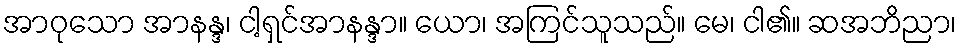
အာဝုသော အာနန္ဒ၊ ငါ့ရှင်အာနန္ဒာ။ ယော၊ အကြင်သူသည်။ မေ၊ ငါ၏။ ဆအဘိညာ၊